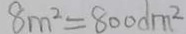
8 m ^ { 2 } = 8 0 0 d m ^ { 2 }